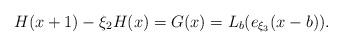
LaTeX: \begin{align*}H(x+1)-\xi_{2}H(x)=G(x)=L_{b}(e_{\xi_{3}}(x-b)).\end{align*}